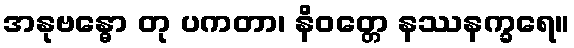
အနုဗန္ဓော တု ပကတာ၊ နိဝတ္တေ နဿနက္ခရေ။